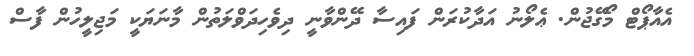
އެއާޕޯޓް މޯގޭޖުން. ޢެލޯނު އަދާކުރަން ފައިސާ ދޭންވާނީ ދިވެހިދަވްލަތުން މާނަޔަކީ މަޖިލީހުން ފާސް